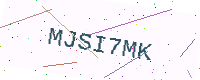
Text: MJSI7MK